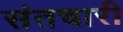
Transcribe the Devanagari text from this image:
संतचारी